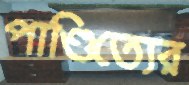
পাণ্ডিত্যের